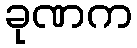
ခုဏက